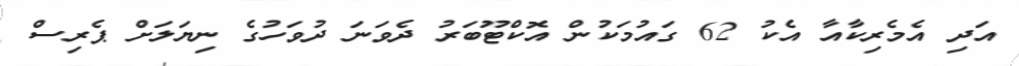
އަދި އެމެރިކާއާ އެކު 62 ގައުމަކުން އޮކްޓޫބަރު ދެވަނަ ދުވަހުގެ ނިޔަލަށް ޕެރިސް